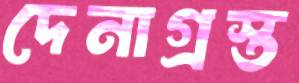
দেনাগ্রস্ত